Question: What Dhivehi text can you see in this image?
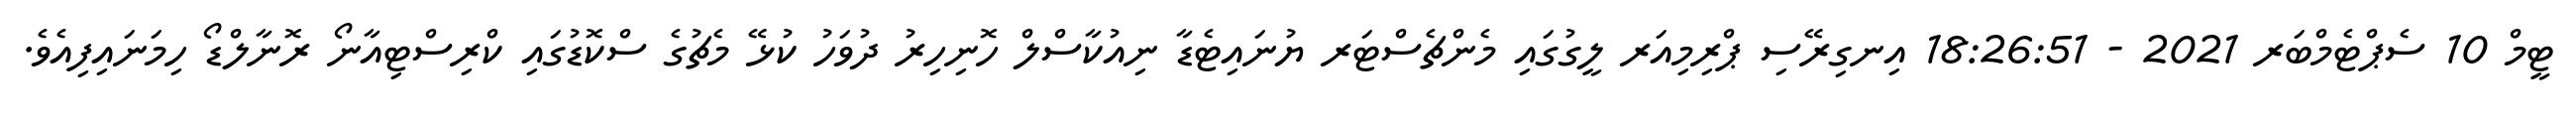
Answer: ޓީމް 10 ސެޕްޓެމްބަރ 2021 - 18:26:51 އިނގިރޭސި ޕްރިމިއަރ ލީގުގައި މެންޗެސްޓަރ ޔުނައިޓެޑާ ނިއުކާސްލް ހޮނިހިރު ދުވަހު ކުޅޭ މެޗުގެ ސްކޮޑުގައި ކްރިސްޓިއާނޯ ރޮނާލްޑޯ ހިމަނައިފިއެވެ.